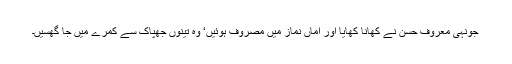
جونہی معروف حسن نے کھانا کھایا اور اماں نماز میں مصروف ہوئیں‘ وہ تینوں جھپاک سے کمرے میں جا گھسیں۔